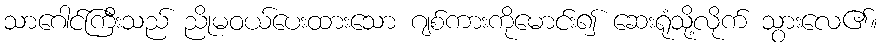
သာဂေါင်ကြီးသည် ညိုမဝယ်ပေးထားသော ဂျစ်ကားကိုမောင်း၍ ဆေးရုံသို့လိုက် သွားလေ၏။